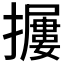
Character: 𱡃